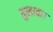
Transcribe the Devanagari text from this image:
बुलावा।